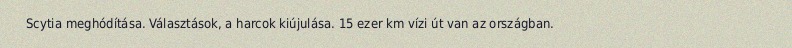
Scytia meghódítása. Választások, a harcok kiújulása. 15 ezer km vízi út van az országban.